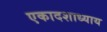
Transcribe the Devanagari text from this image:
एकादशाध्याय